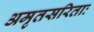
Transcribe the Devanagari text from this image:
अमृतसरिताः